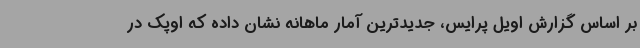
بر اساس گزارش اویل پرایس، جدیدترین آمار ماهانه نشان داده که اوپک در